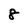
Character: 8